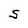
Character: S